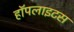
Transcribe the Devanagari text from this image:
हॉपलाइटस